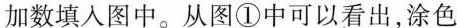
加数填入图中。从图①中可以看出，涂色